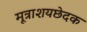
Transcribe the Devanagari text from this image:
मूत्राशयछेदक